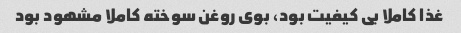
غذا کاملا بی کیفیت بود، بوی روغن سوخته کاملا مشهود بود